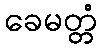
ခေမတ္တံ